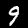
Label: 9